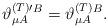
LaTeX: \begin{align*}\vartheta _{\mu A}^{{\footnotesize (T)}\prime }{}^{B}=\vartheta _{\mu A}^{{\footnotesize (T)}}{}^{B}. \end{align*}